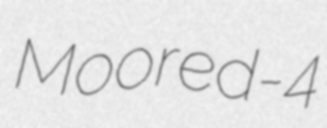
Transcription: Moored-4